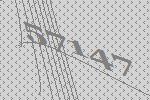
57147